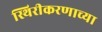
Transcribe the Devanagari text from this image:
स्थिरीकरणाच्या